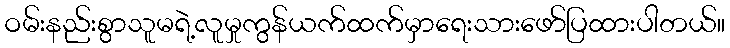
ဝမ်းနည်းစွာသူမရဲ့လူမှုကွန်ယက်ထက်မှာရေးသားဖော်ပြထားပါတယ်။